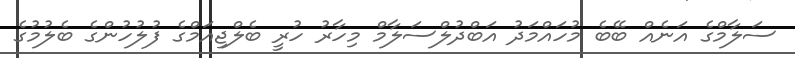
ސަލާމްގެ އަނެއް ބޭބެ މުހައްމަދު އަބްދުލްސަލާމް މިހާރު ހުރީ ބެލްޖިއަމްގެ ފުލުހުންގެ ބެލުމުގެ